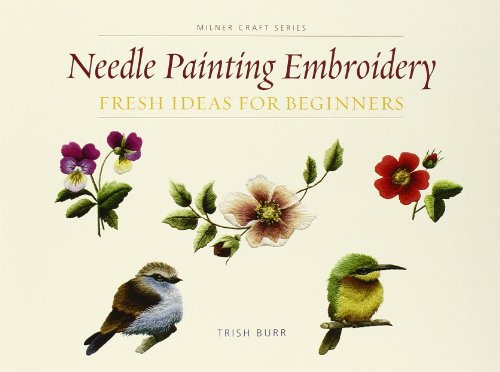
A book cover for Needle Painting Embroidery: Fresh Ideas for Beginners (Milner Craft Series); Trish Burr; Crafts, Hobbies & Home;